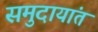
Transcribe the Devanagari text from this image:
समुदायांत